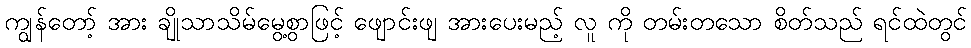
ကျွန်တော့် အား ချိုသာသိမ်မွေ့စွာဖြင့် ဖျောင်းဖျ အားပေးမည့် လူ ကို တမ်းတသော စိတ်သည် ရင်ထဲတွင်